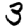
Digit: 3